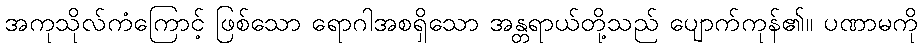
အကုသိုလ်ကံကြောင့် ဖြစ်သော ရောဂါအစရှိသော အန္တရာယ်တို့သည် ပျောက်ကုန်၏။ ပဏာမကို